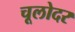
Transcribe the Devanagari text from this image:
चूलोदर